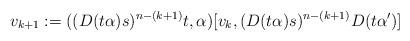
LaTeX: \begin{align*}v_{k+1}:=((D(t\alpha)s)^{n-(k+1)}t,\alpha)[v_k,(D(t\alpha)s)^{n-(k+1)}D(t\alpha')]\end{align*}